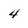
Character: 4